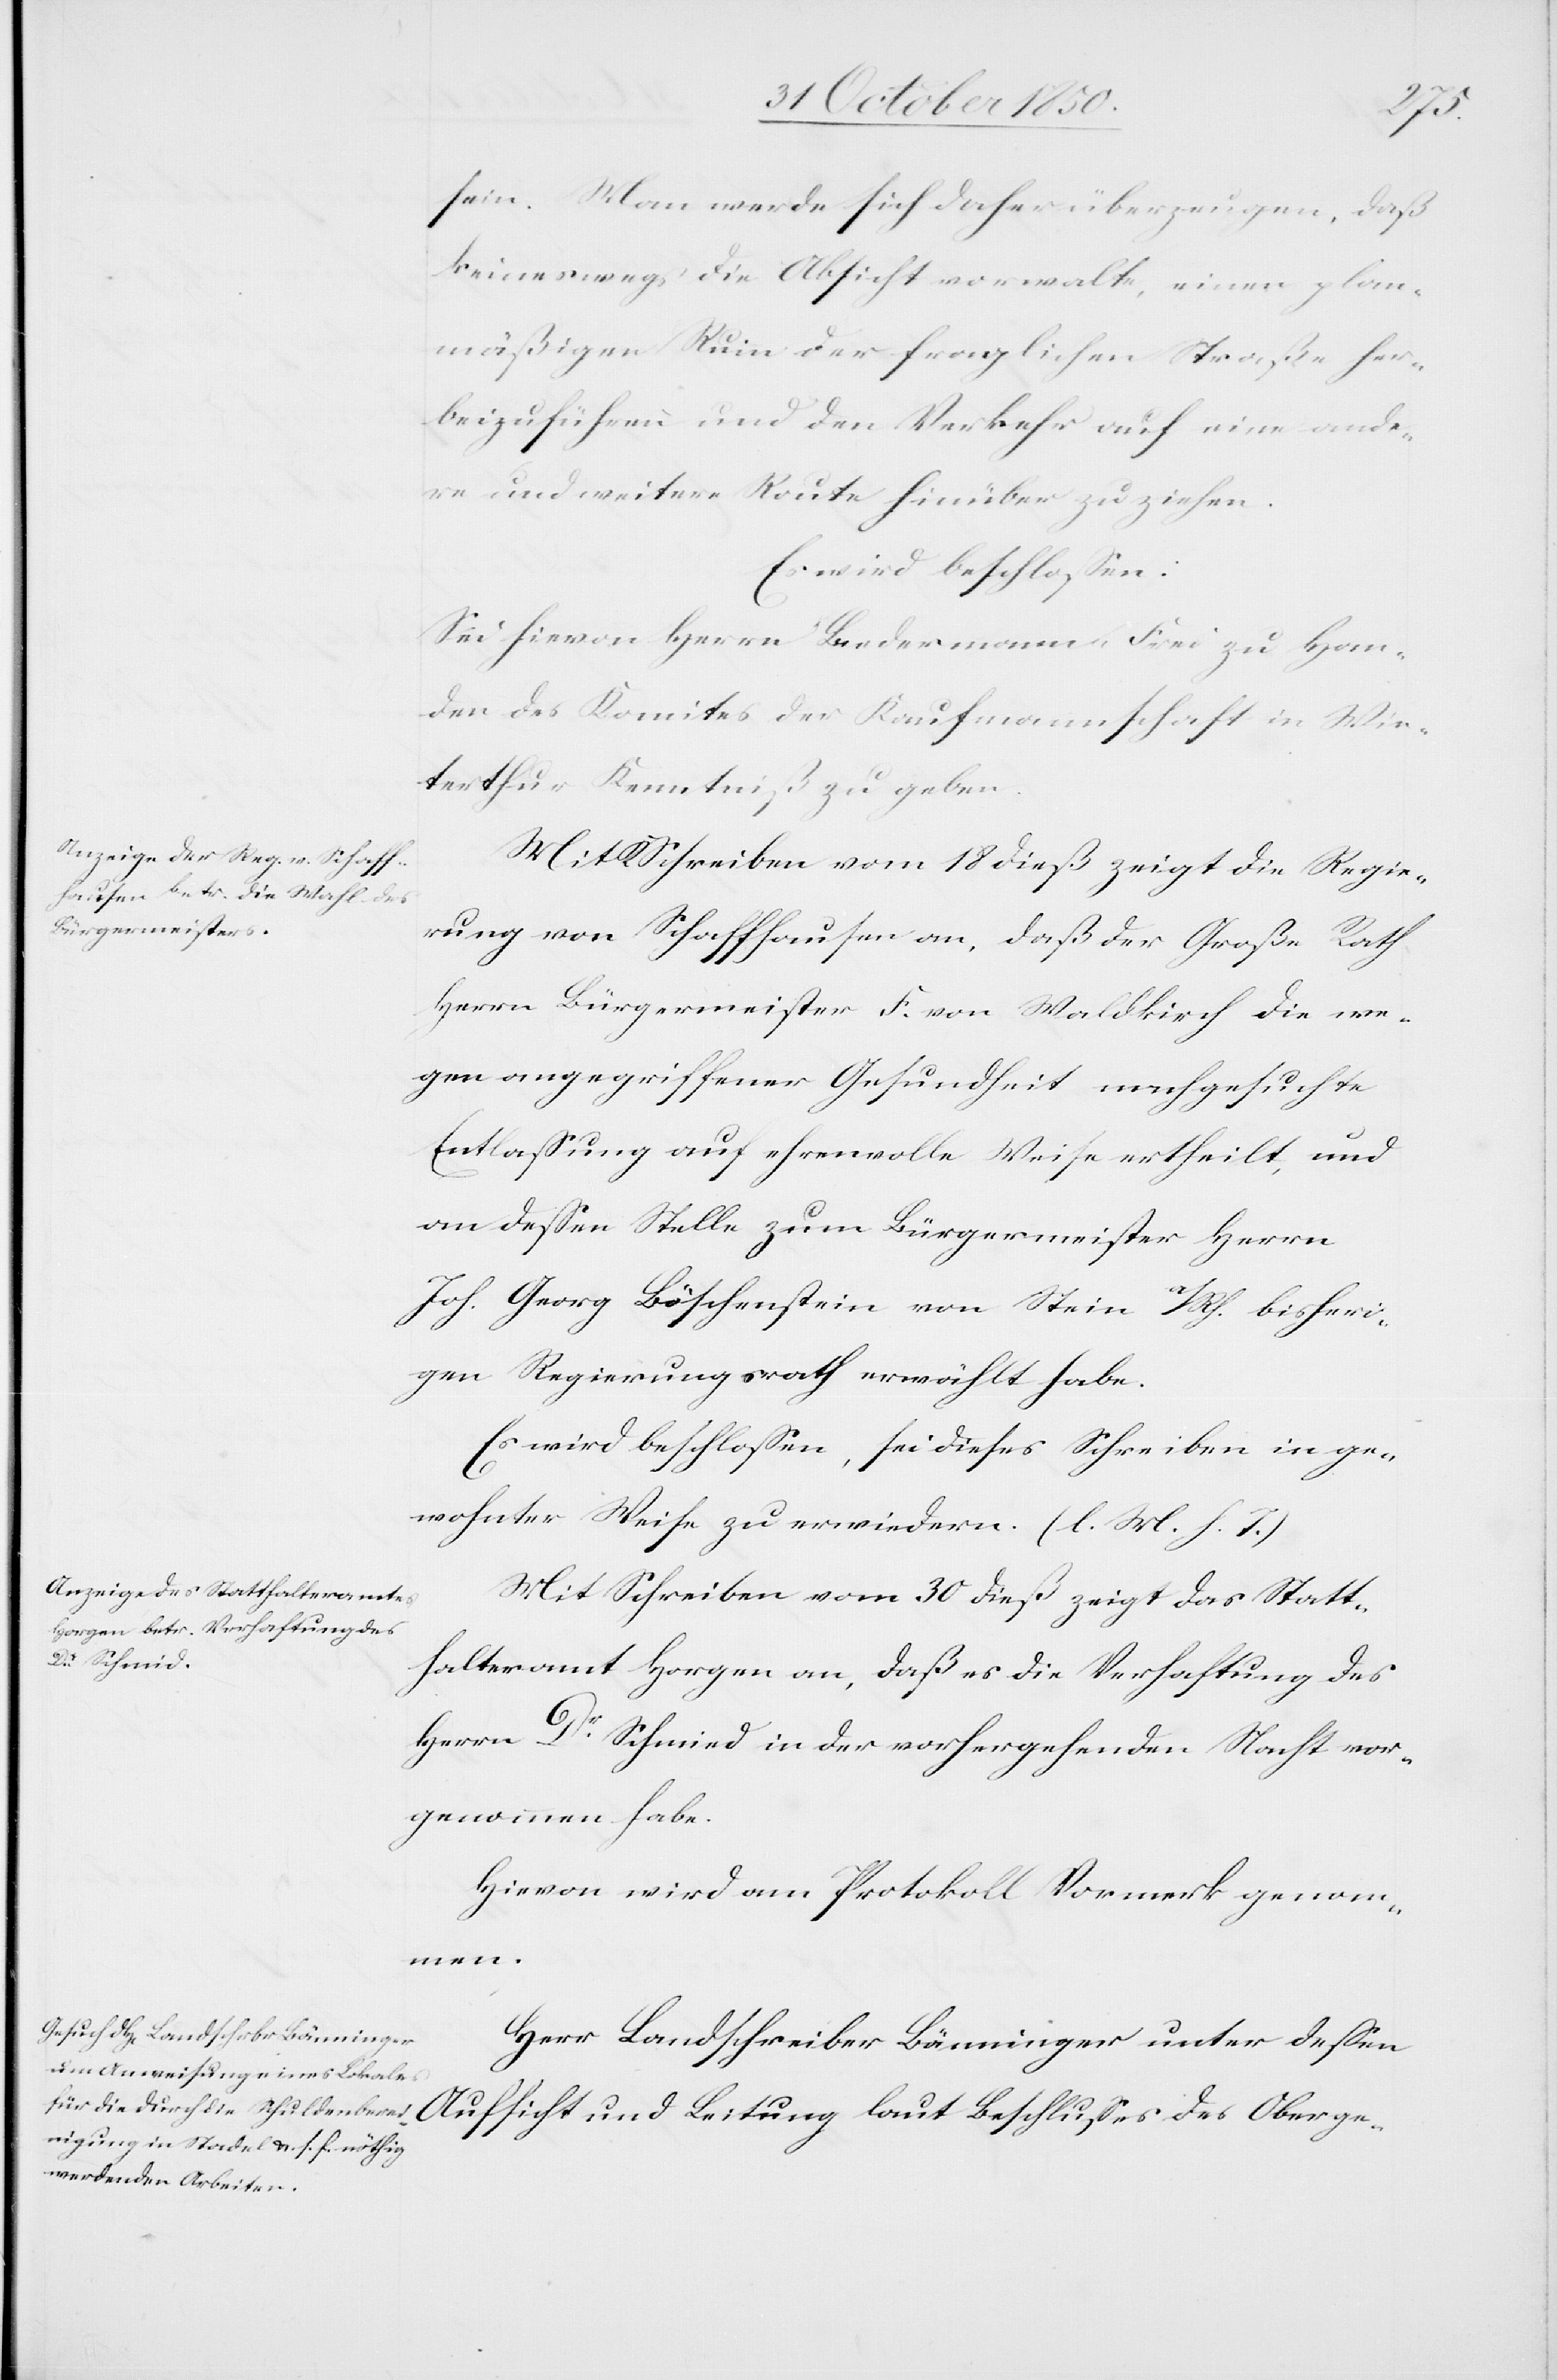
des
sein. Man werde sich daher überzeugen, daß
keineswegs die Absicht vorwalte, einen plan¬
mäßigen Ruin der fraglichen Straße her¬
beizuführen und den Verkehr auf eine ande¬
re und weitere Route hinüber zuziehen.
Es wird beschlossen:
Sei hievon Herrn Biedermann-Frei zu Han¬
den des Komites der Kaufmannschaft in Win¬
terthur Kenntniß zu geben.
Mit Schreiben vom 18 dieß zeigt die Regie¬
rung von Schaffhausen an, daß der Große Rath
Herrn Bürgermeister F. von Waldkirch die we¬
gen angegriffener Gesundheit nachgesuchte
Entlassung auf ehrenvolle Weise ertheilt, und
an dessen Stelle zum Bürgermeister Herrn
Joh. Georg Böschenstein von Stein a/Rh. bisheri¬
gen Regierungsrath erwählt habe.
Es wird beschlossen, sei dieses Schreiben in ge¬
wohnter Weise zu erwiedern. (l. M. h. T.)
Mit Schreiben vom 30 dieß zeigt das Statt¬
halteramt Horgen an, daß es die Verhaftung des
Herrn Dr Schmied [sic!] in der vorhergehenden Nacht vor¬
genommen habe.
Hievon wird am Protokoll Vormerk genom¬
men.
Herr Landschreiber Bänninger unter dessen